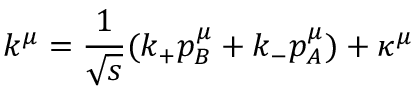
k ^ { \mu } = { \frac { 1 } { \sqrt s } } ( k _ { + } p _ { B } ^ { \mu } + k _ { - } p _ { A } ^ { \mu } ) + \kappa ^ { \mu }